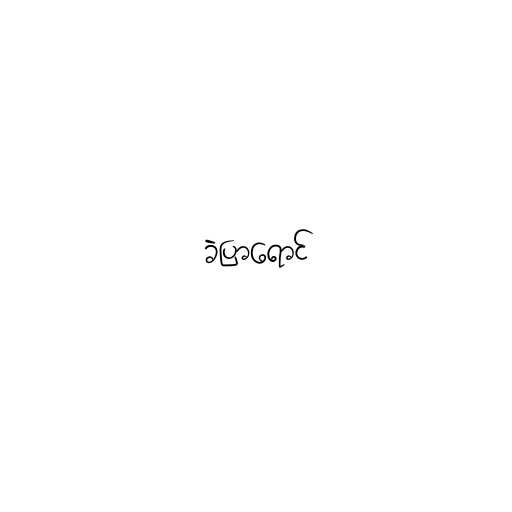
ခဲပြာရောင်